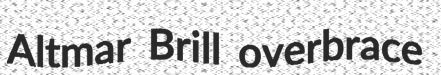
Altmar Brill overbrace